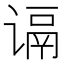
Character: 𬤑